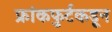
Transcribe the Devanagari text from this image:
फ्रांकफुर्टकडून